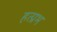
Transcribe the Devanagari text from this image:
हत्प्रभ